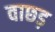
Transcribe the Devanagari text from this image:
वाछड़